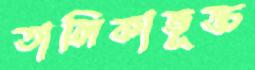
তালিকাভূক্ত